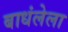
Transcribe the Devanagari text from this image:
बाधंलेला